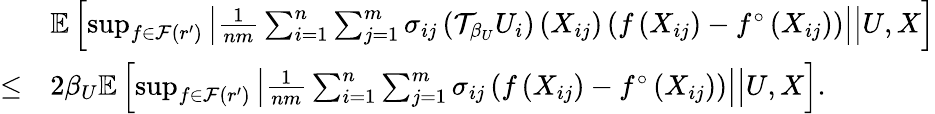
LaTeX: \begin{array}{rl}&{\mathbb{E}\left[\operatorname*{sup}_{f\in\mathcal{F}(r^{\prime})}\left.\left|\frac{1}{nm}\sum_{i=1}^{n}\sum_{j=1}^{m}\sigma_{ij}\left(\mathcal{T}_{\beta_{U}}U_{i}\right)\left(X_{ij}\right)\left(f\left(X_{ij}\right)-f^{\circ}\left(X_{ij}\right)\right)\right|\right|U,X\right]}\\ {\leq}&{2\beta_{U}\mathbb{E}\left[\operatorname*{sup}_{f\in\mathcal{F}(r^{\prime})}\left.\left|\frac{1}{nm}\sum_{i=1}^{n}\sum_{j=1}^{m}\sigma_{ij}\left(f\left(X_{ij}\right)-f^{\circ}\left(X_{ij}\right)\right)\right|\right|U,X\right].}\end{array}